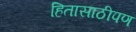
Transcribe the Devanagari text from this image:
हितासाठीपण